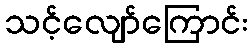
သင့်လျော်ကြောင်း